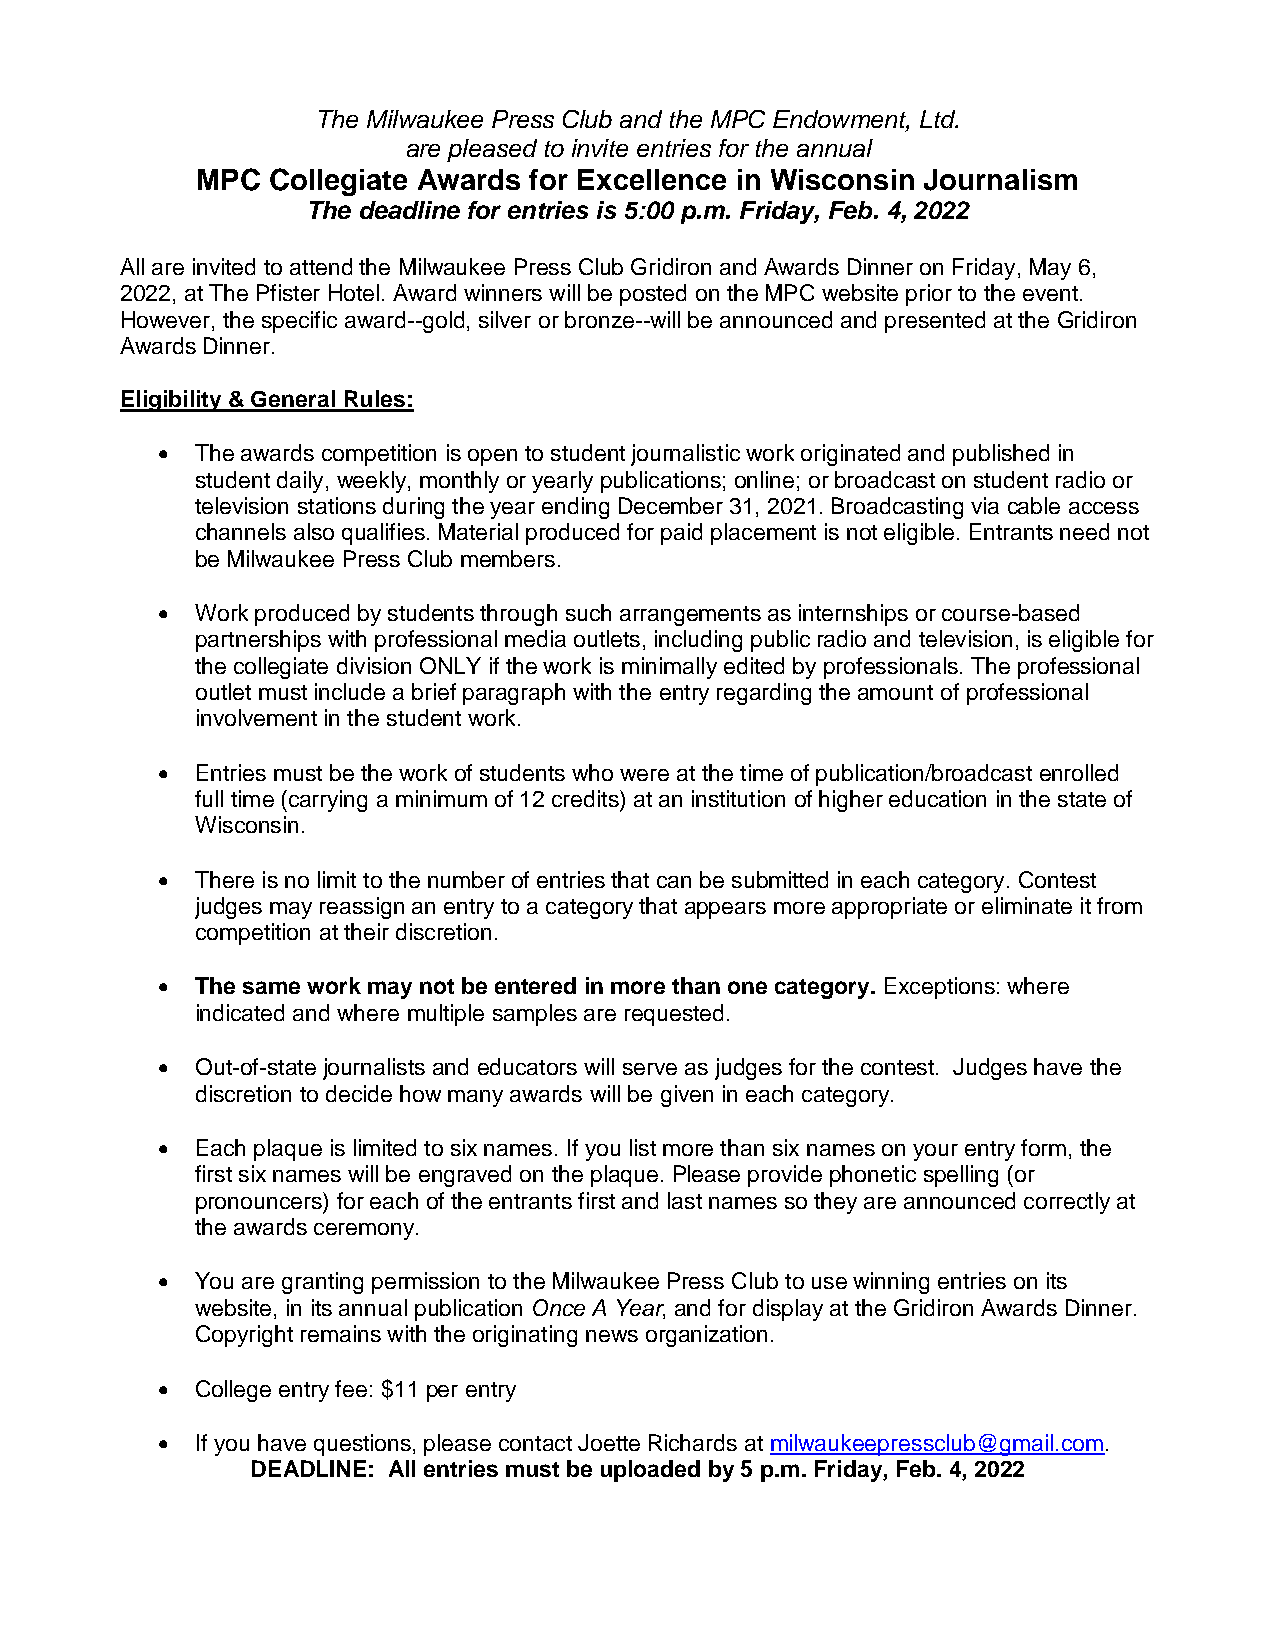
The Milwaukee Press Club and the MPC Endowment, Ltd.
 are pleased to invite entries for the annual
 MPC  Collegiate Awards for Excellence in Wisconsin Journalism
 The deadline for entries is 5:00 p.m. Friday, Feb. 4, 2022
 All are invited to attend the Milwaukee Press Club Gridiron and Awards Dinner on Friday, May 6,
 2022, at The Pfister Hotel. Award winners will be posted on the MPC website prior to the event.
 However, the specific award--gold, silver or bronze--will be announced and presented at the Gridiron
 Awards Dinner.
 Eligibility & General Rules:
   The awards competition is open to student journalistic work originated and published in
 student daily, weekly, monthly or yearly publications; online; or broadcast on student radio or
 television stations during the year ending December 31, 2021. Broadcasting via cable access
 channels also qualifies. Material produced for paid placement is not eligible. Entrants need not
 be Milwaukee Press Club members.
   Work produced by students through such arrangements as internships or course-based
 partnerships with professional media outlets, including public radio and television, is eligible for
 the collegiate division ONLY if the work is minimally edited by professionals. The professional
 outlet must include a brief paragraph with the entry regarding the amount of professional
 involvement in the student work.
   Entries must be the work of students who were at the time of publication/broadcast enrolled
 full time (carrying a minimum of 12 credits) at an institution of higher education in the state of
 Wisconsin.
   There is no limit to the number of entries that can be submitted in each category. Contest
 judges may reassign an entry to a category that appears more appropriate or eliminate it from
 competition at their discretion.
   The same work may not be entered in more than one category. Exceptions: where
 indicated and where multiple samples are requested.
   Out-of-state journalists and educators will serve as judges for the contest. Judges have the
 discretion to decide how many awards will be given in each category.
   Each plaque is limited to six names. If you list more than six names on your entry form, the
 first six names will be engraved on the plaque. Please provide phonetic spelling (or
 pronouncers) for each of the entrants first and last names so they are announced correctly at
 the awards ceremony.
   You are granting permission to the Milwaukee Press Club to use winning entries on its
 website, in its annual publication Once A Year, and for display at the Gridiron Awards Dinner.
 Copyright remains with the originating news organization.
   College entry fee: $11 per entry
   If you have questions, please contact Joette Richards at milwaukeepressclub@gmail.com.
 DEADLINE: All entries must be uploaded by 5 p.m. Friday, Feb. 4, 2022